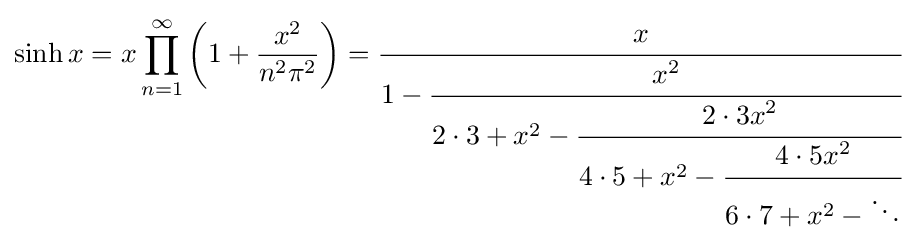
\sinh x=x\prod _{n=1}^{\infty }\left(1+{\frac {x^{2}}{n^{2}\pi ^{2}}}\right)={\cfrac {x}{1-{\cfrac {x^{2}}{2\cdot 3+x^{2}-{\cfrac {2\cdot 3x^{2}}{4\cdot 5+x^{2}-{\cfrac {4\cdot 5x^{2}}{6\cdot 7+x^{2}-\ddots }}}}}}}}